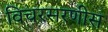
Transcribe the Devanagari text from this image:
विचरसरणीस